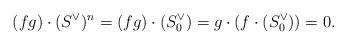
LaTeX: \begin{align*} (fg) \cdot (S^\vee)^n = (fg) \cdot (S_0^\vee) = g \cdot \left( f \cdot (S_0^\vee) \right) = 0. \end{align*}